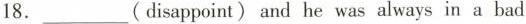
18.___(disappoint)and he was always in a bad